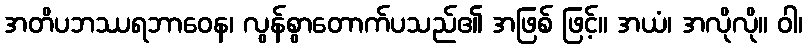
အတိပဘဿရဘာဝေန၊ လွန်စွာတောက်ပသည်၏ အဖြစ် ဖြင့်။ အယံ၊ အလိုလို။ ဝါ၊